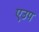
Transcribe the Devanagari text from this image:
एउप